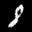
Label: 8